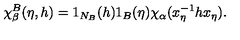
\chi _ { \beta } ^ { B } ( \eta , h ) = 1 _ { N _ { B } } ( h ) 1 _ { B } ( \eta ) \chi _ { \alpha } ( x _ { \eta } ^ { - 1 } h x _ { \eta } ) .